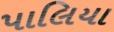
પાલિયા